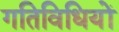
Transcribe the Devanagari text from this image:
गतिविधियों